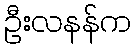
ဦးလနန်က